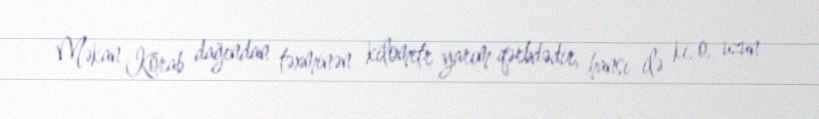
Məkan Korab dağından təxminən kilometr yarım qərbdədir, hansı ilə ki, o, uzun